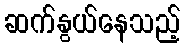
ဆက်နွယ်နေသည့်